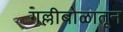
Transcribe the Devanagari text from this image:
गल्लीबोळातून